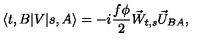
\langle t , B | V | s , A \rangle = - i \frac { f \phi } { 2 } \vec { W } _ { t , s } \vec { U } _ { B A } ,